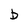
Character: b